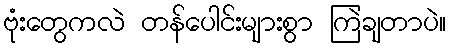
ဗုံးတွေကလဲ တန်ပေါင်းများစွာ ကြဲချတာပဲ။